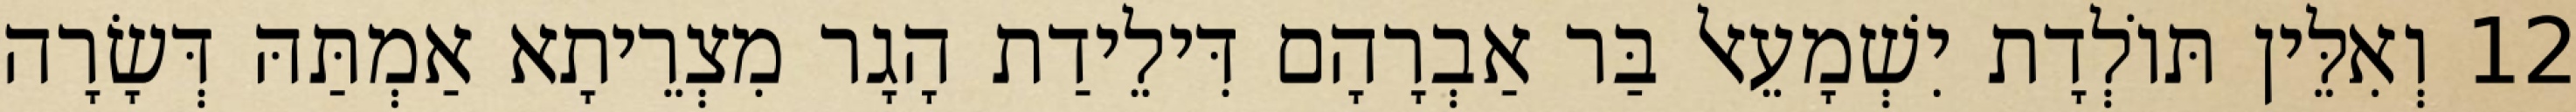
12 וְאִלֵּין תּוֹלְדָת יִשְׁמָעֵאל בַּר אַבְרָהָם דִּילֵידַת הָגָר מִצְרֵיתָא אַמְתַּהּ דְּשָׂרָה